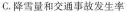
C.降雪量和交通事故发生率